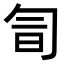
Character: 𠣚